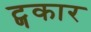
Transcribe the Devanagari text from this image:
ट्णकार